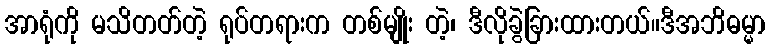
အာရုံကို မသိတတ်တဲ့ ရုပ်တရားက တစ်မျိုး တဲ့၊ ဒီလိုခွဲခြားထားတယ်။ဒီအဘိဓမ္မာ